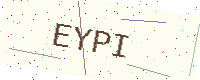
Text: EYPI